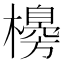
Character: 櫋